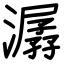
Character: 潺